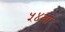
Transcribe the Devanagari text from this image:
५४वा